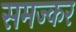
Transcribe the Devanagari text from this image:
समज्कर